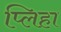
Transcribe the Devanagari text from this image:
प्लिहा